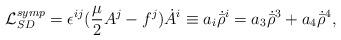
LaTeX: \begin{align*}{\cal L}_{SD}^{symp}=\epsilon ^{ij}({{\mu }\over 2}A^j-f^j)\dot A^i\equiv a_i\dot {\bar\rho }^i=a_3\dot {\bar\rho}^3+a_4\dot {\bar\rho}^4,\end{align*}